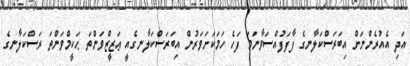
އަދި އެއުރެންނަށް އިބަރަސްކަލާނގެ ފާފަފުއްސަވާނަމަ ފަހެ ހަމަކަށަވަރުން އިބަރަސްކަލާނގެއީ ޢަޒީޒްވަންތަ ޙަކީމްވަންތަ ރަސްކަލާނގެ